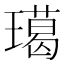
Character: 𤩲